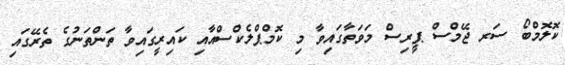
ކޮލޮމްބޯ ސަރ ޖޭމްސް ޕީރިސް މަވަތާގައިވާ މި ކޮމްޕްލެކްސްއާއި ކައިރީގައިވާ ތަންތަނުގެ ތެރޭގައި